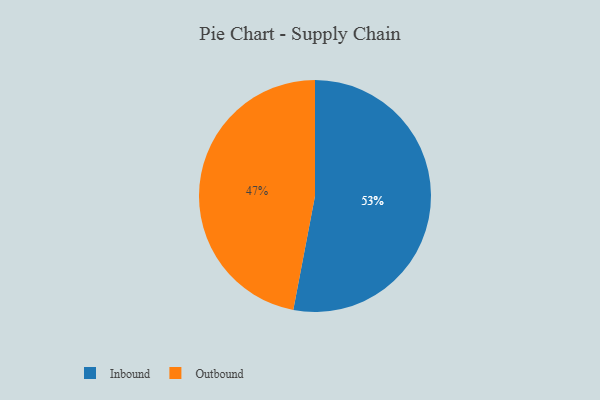
{"axis": {"x": "Category", "y": "Percentage"}, "legend": ["Inbound", "Outbound"], "data": [{"x": "Outbound", "y": 47, "type": "Outbound"}, {"x": "Inbound", "y": 53, "type": "Inbound"}]}